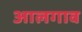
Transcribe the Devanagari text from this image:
आलगाव